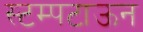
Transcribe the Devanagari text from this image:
स्टम्पटाऊन